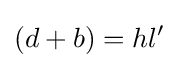
(d+b)=hl'